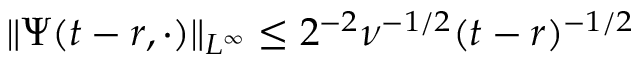
\| \Psi ( t - r , \cdot ) \| _ { L ^ { \infty } } \leq 2 ^ { - 2 } \nu ^ { - 1 / 2 } ( t - r ) ^ { - 1 / 2 }